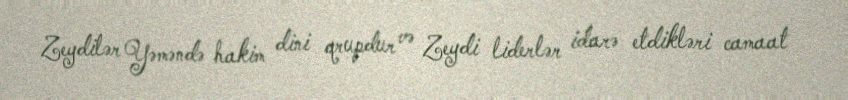
Zeydilər Yəməndə hakim dini qrupdur və Zeydi liderlər idarə etdikləri camaat